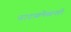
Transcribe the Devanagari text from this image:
नाटय़लेखनही